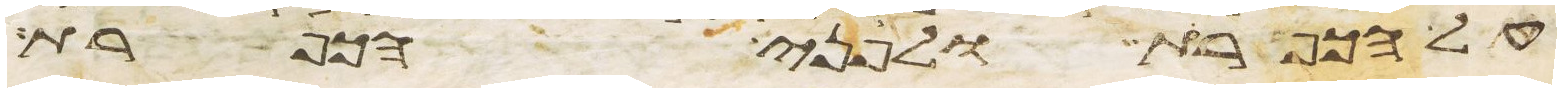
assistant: על הכפרת ולפני הכפרת